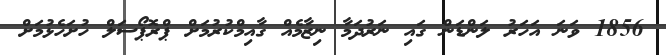
1856 ވަނަ އަހަރު ލަންޑަން ގައި ނަރުދަމާ ނިޒާމެއް ގާއިމްކުރުމަށް ޕްރޮޕޯސަލް ހުށަހެޅުމަށް